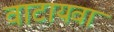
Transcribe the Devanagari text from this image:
वाटायवा